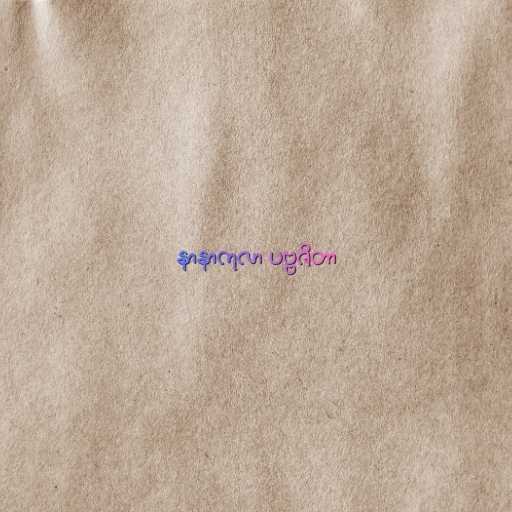
နာနာကုလာ ပဗ္ဗဇိတာ